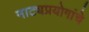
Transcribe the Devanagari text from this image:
नाट्यप्रयोगांचे